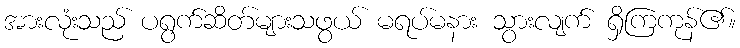
အားလုံးသည် ပရွက်ဆိတ်များသဖွယ် မရပ်မနား သွားလျက် ရှိကြကုန်၏။